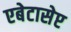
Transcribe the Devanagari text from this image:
एबेटासेप्ट